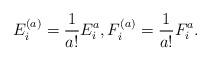
LaTeX: \begin{gather*} E_i^{(a)}=\frac{1}{a!}E_i^a, F_i^{(a)}=\frac{1}{a!}F_i^a.\end{gather*}